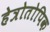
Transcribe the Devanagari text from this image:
हेत्रोतोपिक